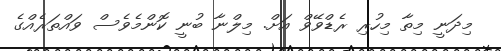
މިދަނީ މިތާ މިހުރި ރެޑްވޭވް އަށް. މިލްނާ ބުނީ ކޮންމެވެސް ވައްތަރެއްގެ